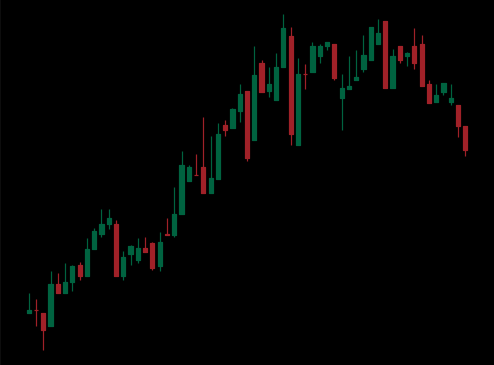
Pattern: bear_flag